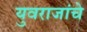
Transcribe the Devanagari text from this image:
युवराजांचे